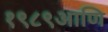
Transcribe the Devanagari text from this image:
१९८९आणि